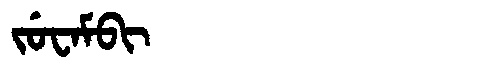
Manchu: ᠵᡠᠸᠠᠮᠪᡳ
Romanization: JUWAMBI